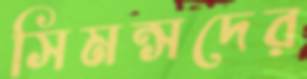
সিমন্সদের